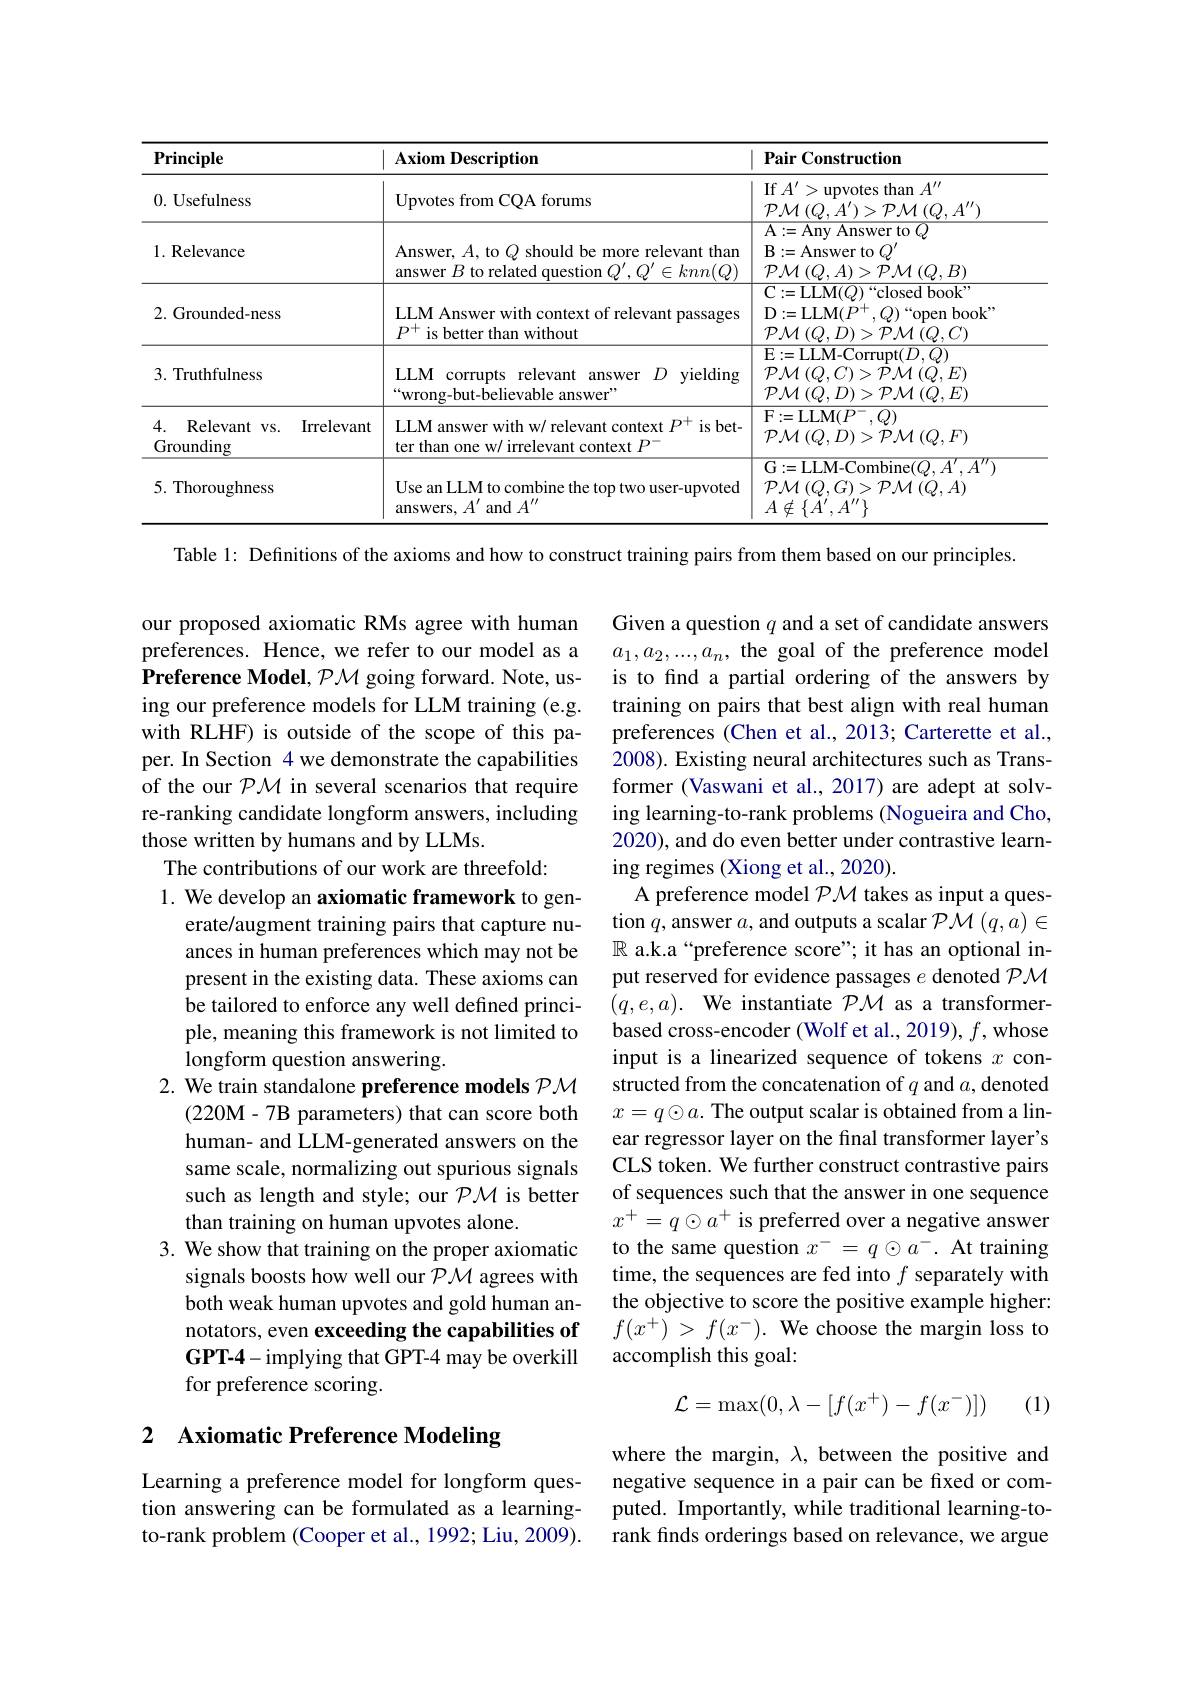
<table>
	<tbody>
		<tr>
			<th>$\mathbf{Principle}$</th>
			<th>$\mathbf{AxiomDescription}$</th>
			<th>Pair Construction</th>
		</tr>
		<tr>
			<td>0.Usefulness</td>
			<td>Upvotes from CQA forums</td>
			<td>If $A^\prime>$upvotes than $A^\prime\prime$ $\mathcal{PM}\left(Q,A^{\prime}\right)>\mathcal{PM}\left(Q,A^{\prime\prime}\right)$</td>
		</tr>
		<tr>
			<td>$1. \textbf{Relevance}$</td>
			<td>Answer, $A$, to $Q$ should be more relevant than answer $B$ to related question $Q^\prime,Q^{\prime}\in knn(Q)$</td>
			<td>$\mathbf{A}:=$Any Answer to $\mathbf{B}:=$Answer to $Q^{\prime}$ $\mathcal{PM}\left(Q,A\right)>\mathcal{PM}\left(Q,B\right)$</td>
		</tr>
		<tr>
			<td>2. Grounded-ness</td>
			<td>LLM Answer with context of relevant passages $P^{+}$ is better than without</td>
			<td>$\mathbf{C}:=$LLM$(Q)$“closed book ${\mathrm{D}}:={\mathrm{LLM}}(P^{+},Q)$“open book” $\mathcal{PM}\left(Q,D\right)>\mathcal{PM}\left(Q,C\right)$</td>
		</tr>
		<tr>
			<td>3. Truthfulness</td>
			<td>LLM corrupts relevant answer $D$ yielding “wrong-but-believable answer”</td>
			<td>E:=LLM-Corrupt$(D,Q)$ ${\mathcal{P}}{\mathcal{M}}\left(Q,C\right)>{\mathcal{P}}{\mathcal{M}}\left(Q,E\right)$ $\mathcal{PM}\left(Q,D\right)>\mathcal{PM}\left(Q,E\right)$</td>
		</tr>
		<tr>
			<td>4. Relevant vs. Irrelevant Grounding</td>
			<td>LLM answer with w/ relevant context $P^+$ is bet- ter than one w/ irrelevant context $P^-$</td>
			<td>${\mathrm{F}}:={\mathrm{LLM}}(P^{-},Q)$ $\mathcal{PM}\left(Q,D\right)>\mathcal{PM}\left(Q,F\right)$</td>
		</tr>
		<tr>
			<td>5.Thoroughness</td>
			<td>Use an LLM to combine the top two user-upvoted ${\mathrm{answers,~}A^{\prime}}{\mathrm{and~}A^{\prime\prime}}$</td>
			<td>G: = LLM- Combine$( Q, A^{\prime }, A^{\prime \prime })$ ${\mathcal{PM}}\left(Q,G\right)>{\mathcal{PM}}\left(Q,A\right)$ $A\notin\{A^{\prime},A^{\prime}$</td>
		</tr>
	</tbody>
</table>

Table 1: Definitions of the axioms and how to construct training pairs from them based on our principles.

our proposed axiomatic RMs agree with human preferences. Hence, we refer to our model as a Preference Model, $\mathcal{P}\mathcal{M}$ going forward. Note, using our preference models for LLM training (e.g. with RLHF) is outside of the scope of this paper. In Section 4 we demonstrate the capabilities of the our $\mathcal{PM}$ in several scenarios that require re-ranking candidate longform answers, including those written by humans and by LLMs.

Given a question $q$ and a set of candidate answers $a_1,a_2,...,a_n$, the goal of the preference model is to find a partial ordering of the answers by training on pairs that best align with real human preferences (Chen et al., 2013; Carterette et al., 2008). Existing neural architectures such as Transformer (Vaswani et al., 2017) are adept at solving learning-to-rank problems (Nogueira and Cho, 2020), and do even better under contrastive learning regimes (Xiong et al., 2020).
A preference model $\mathcal{PM}$ takes as input a question $q$,answer $a$, and outputs a scalar $\mathcal{PM}(q,a)\in$ $\mathbb{R}$ a.k.a“preference score”; it has an optional input reserved for evidence passages $e$ denoted $\mathcal{PM}$ $( q, e, a) .$ We instantiate $\mathcal{PM}$ as a transformerbased cross-encoder (Wolf et al., 2019), $f$,whose input is a linearized sequence of tokens $x$ constructed from the concatenation of $q$ and $a$,denoted $x=q\odot a.$ The output scalar is obtained from a linear regressor layer on the final transformer layer's CLS token. We further construct contrastive pairs of sequences such that the answer in one sequence $x^+=q\odot a^+$ is preferred over a negative answer to the same question $x^-=q\odot a^-.$ At training time, the sequences are fed into $f$ separately with the objective to score the positive example higher:
notators, even exceeding the capabilities of $f(x^+)>f(x^-).$ We choose the margin loss to
accomplish this goal:

The contributions of our work are threefold:
1. We develop an axiomatic framework to gen-
erate/augment training pairs that capture nuances in human preferences which may not be present in the existing data. These axioms can be tailored to enforce any well defined principle, meaning this framework is not limited to longform question answering.
2. We train standalone preference models PM
(220M-7B parameters) that can score both human- and LLM-generated answers on the same scale, normalizing out spurious signals such as length and style; our $\mathcal{PM}$ is better than training on human upvotes alone.
3. We show that training on the proper axiomatic
signals boosts how well our $\mathcal{PM}$ agrees with both weak human upvotes and gold human anGPT-4-implying that GPT-4 may be overkill for preference scoring.
$$\mathcal{L}=\max(0,\lambda-[f(x^+)-f(x^-)])$$
(1)

## 2 Axiomatic Preference Modeling

where the margin, $\lambda$, between the positive and negative sequence in a pair can be fixed or computed. Importantly, while traditional learning-torank finds orderings based on relevance, we argue

Learning a preference model for longform question answering can be formulated as a learningto-rank problem (Cooper et al., 1992; Liu, 2009).